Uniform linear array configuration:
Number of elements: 8
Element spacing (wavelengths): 0.75
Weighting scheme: exponential
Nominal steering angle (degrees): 0
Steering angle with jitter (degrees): -1.769
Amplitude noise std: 0.05
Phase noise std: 0.05

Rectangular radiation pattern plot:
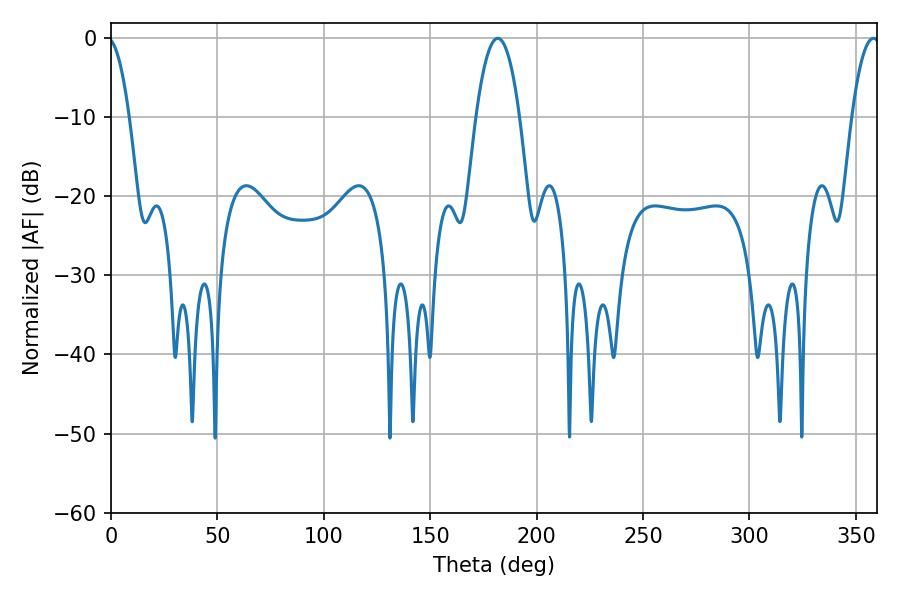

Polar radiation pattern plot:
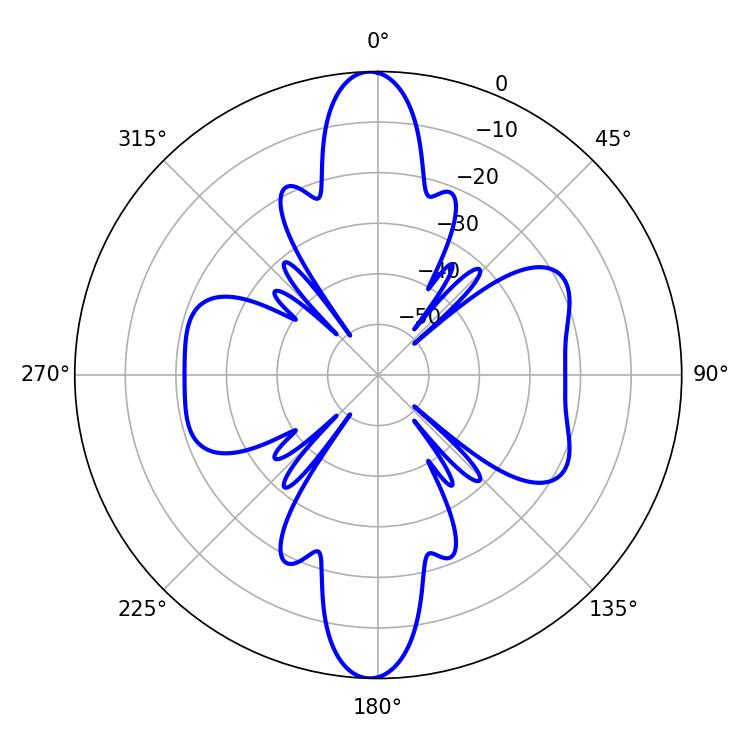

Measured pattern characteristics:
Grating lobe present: TRUE
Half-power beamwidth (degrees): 11.34
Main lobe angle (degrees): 181.8